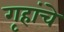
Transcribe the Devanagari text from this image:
गृहांचे